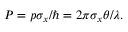
P = p \sigma _ { x } / \hbar = 2 \pi \sigma _ { x } \theta / \lambda .